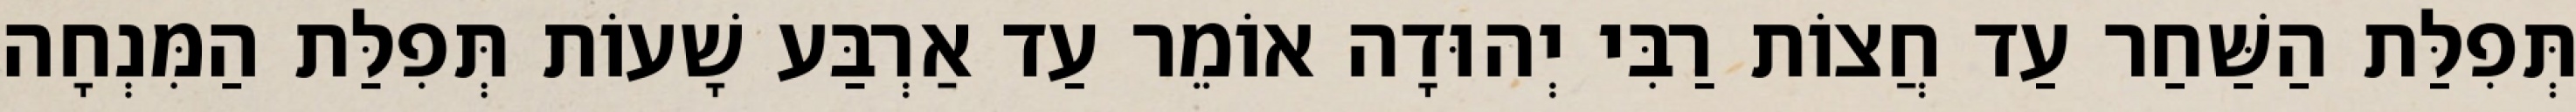
תְּפִלַּת הַשַּׁחַר עַד חֲצוֹת רַבִּי יְהוּדָה אוֹמֵר עַד אַרְבַּע שָׁעוֹת תְּפִלַּת הַמִּנְחָה